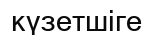
күзетшіге